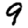
Digit: 9